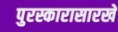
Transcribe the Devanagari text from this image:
पुरस्कारासारखे